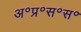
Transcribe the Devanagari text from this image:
अ॰प्र॰स॰स॰